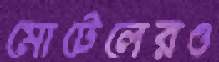
মোটেলেরও